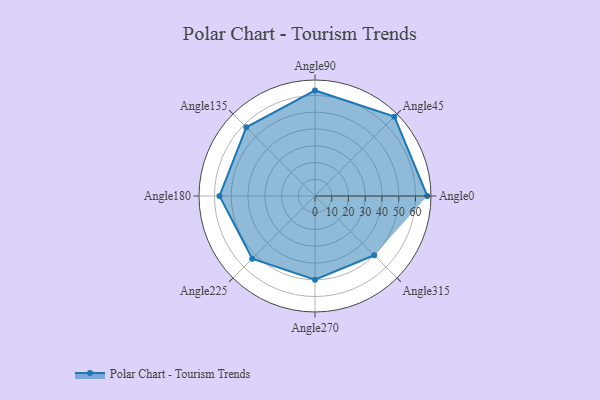
{"axis": {"x": "Angle", "y": "Radius"}, "legend": [""], "data": [{"x": "Angle0", "y": 67.0, "type": ""}, {"x": "Angle45", "y": 67.0, "type": ""}, {"x": "Angle90", "y": 63.0, "type": ""}, {"x": "Angle135", "y": 58.0, "type": ""}, {"x": "Angle180", "y": 57.0, "type": ""}, {"x": "Angle225", "y": 53.0, "type": ""}, {"x": "Angle270", "y": 50, "type": ""}, {"x": "Angle315", "y": 50, "type": ""}]}